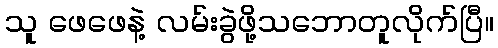
သူ ဖေဖေနဲ့ လမ်းခွဲဖို့သဘောတူလိုက်ပြီ။